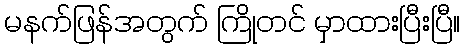
မနက်ဖြန်အတွက် ကြိုတင် မှာထားပြီးပြီ။